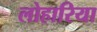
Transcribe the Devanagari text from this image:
लोहारिया